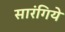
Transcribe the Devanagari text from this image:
सारंगिये